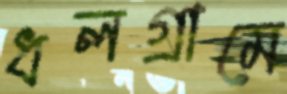
ধলগ্রামে